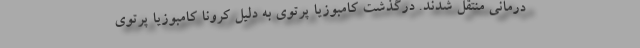
درمانی منتقل شدند. درگذشت کامبوزیا پرتوی به دلیل کرونا کامبوزیا پرتوی